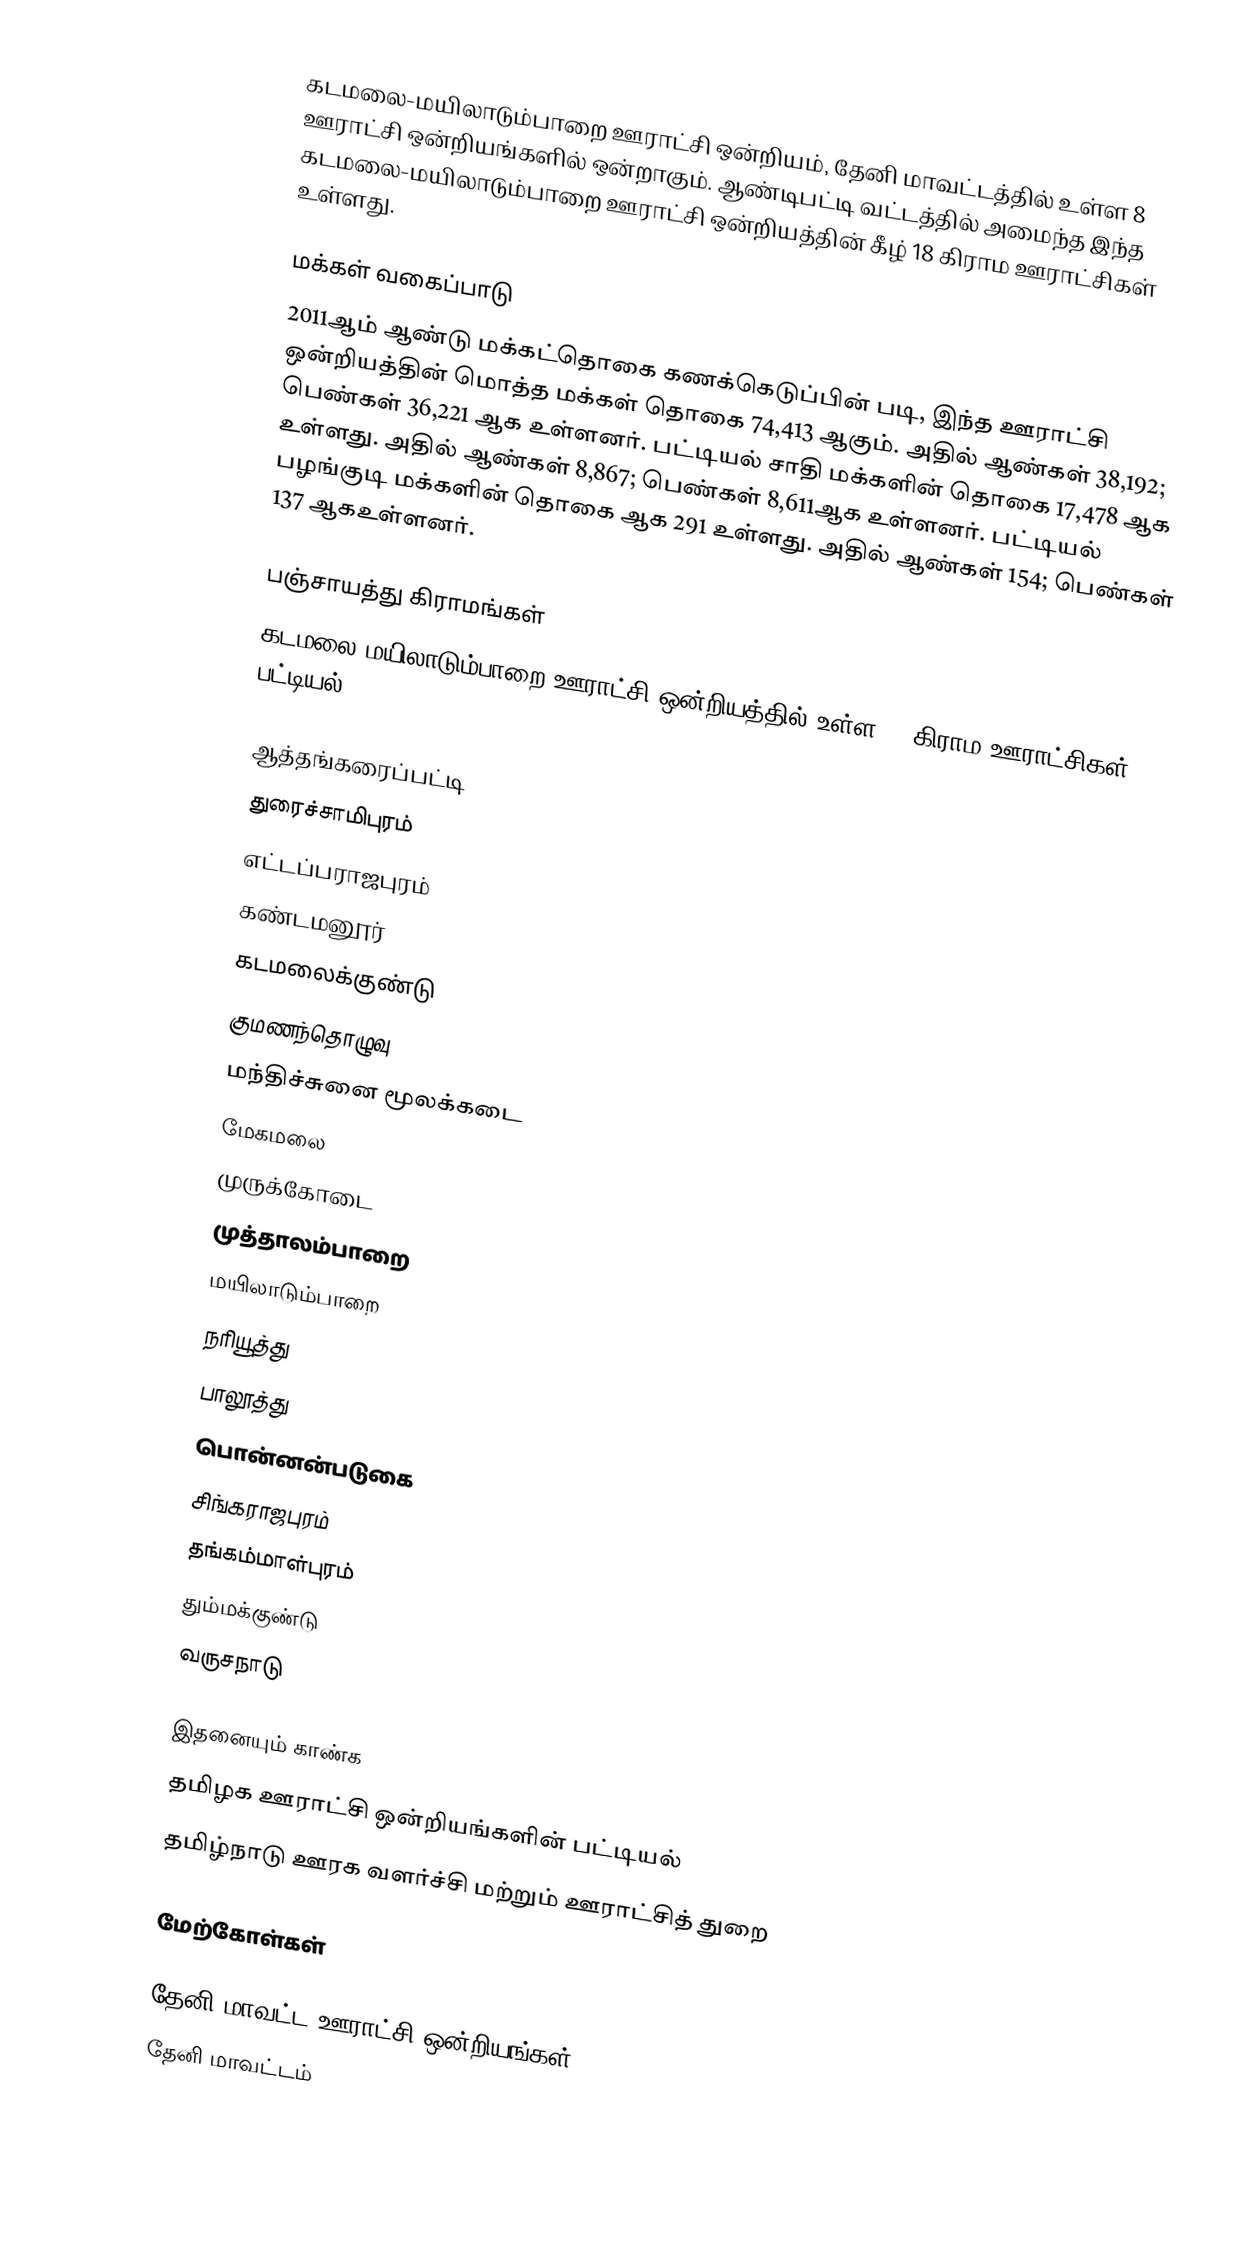
கடமலை-மயிலாடும்பாறை ஊராட்சி ஒன்றியம், தேனி மாவட்டத்தில் உள்ள 8 ஊராட்சி ஒன்றியங்களில் ஒன்றாகும். ஆண்டிபட்டி வட்டத்தில் அமைந்த இந்த கடமலை-மயிலாடும்பாறை ஊராட்சி ஒன்றியத்தின் கீழ் 18 கிராம ஊராட்சிகள் உள்ளது.

மக்கள் வகைப்பாடு
2011ஆம் ஆண்டு மக்கட்தொகை கணக்கெடுப்பின் படி,  இந்த ஊராட்சி ஒன்றியத்தின் மொத்த மக்கள் தொகை 74,413 ஆகும். அதில் ஆண்கள் 38,192; பெண்கள் 36,221 ஆக உள்ளனர். பட்டியல் சாதி மக்களின் தொகை 17,478 ஆக உள்ளது. அதில் ஆண்கள் 8,867; பெண்கள் 8,611ஆக உள்ளனர். பட்டியல் பழங்குடி மக்களின் தொகை ஆக 291 உள்ளது. அதில் ஆண்கள் 154; பெண்கள் 137 ஆகஉள்ளனர்.

பஞ்சாயத்து கிராமங்கள்
கடமலை-மயிலாடும்பாறை ஊராட்சி ஒன்றியத்தில் உள்ள 18 கிராம ஊராட்சிகள் பட்டியல்:

 ஆத்தங்கரைப்பட்டி
 துரைச்சாமிபுரம்
 எட்டப்பராஜபுரம்
 கண்டமனூர்
 கடமலைக்குண்டு
 குமணந்தொழுவு
 மந்திச்சுனை மூலக்கடை
 மேகமலை
 முருக்கோடை
 முத்தாலம்பாறை
 மயிலாடும்பாறை
 நரியூத்து
 பாலூத்து
 பொன்னன்படுகை
 சிங்கராஜபுரம்
 தங்கம்மாள்புரம்
 தும்மக்குண்டு
 வருசநாடு

இதனையும் காண்க
 தமிழக ஊராட்சி ஒன்றியங்களின் பட்டியல்
 தமிழ்நாடு ஊரக வளர்ச்சி மற்றும் ஊராட்சித் துறை

மேற்கோள்கள்

தேனி மாவட்ட ஊராட்சி ஒன்றியங்கள்
தேனி மாவட்டம்